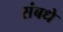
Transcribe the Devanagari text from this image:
संबधे